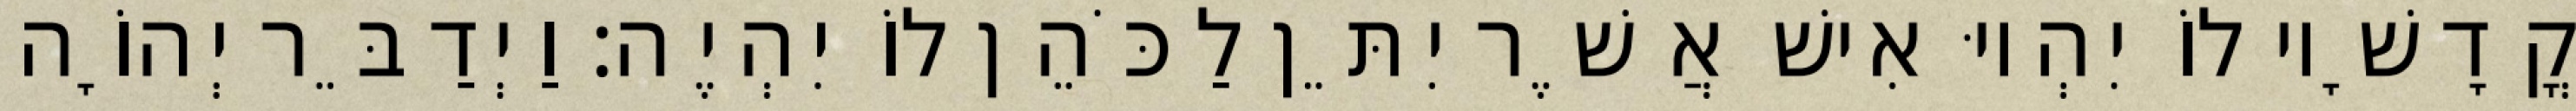
קֳדָשָׁיו לוֹ יִהְיוּ אִישׁ אֲשֶׁר יִתֵּן לַכֹּהֵן לוֹ יִהְיֶה׃ וַיְדַבֵּר יְהוָֹה